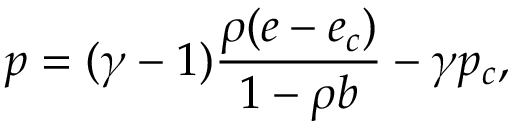
p = ( \gamma - 1 ) \frac { \rho ( e - e _ { c } ) } { 1 - \rho b } - \gamma p _ { c } ,